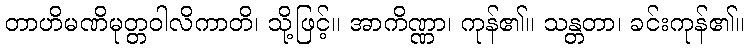
တာဟိမဏိမုတ္တဝါလိကာတိ၊ သို့ဖြင့်။ အာကိဏ္ဏာ၊ ကုန်၏။ သန္တတာ၊ ခင်းကုန်၏။